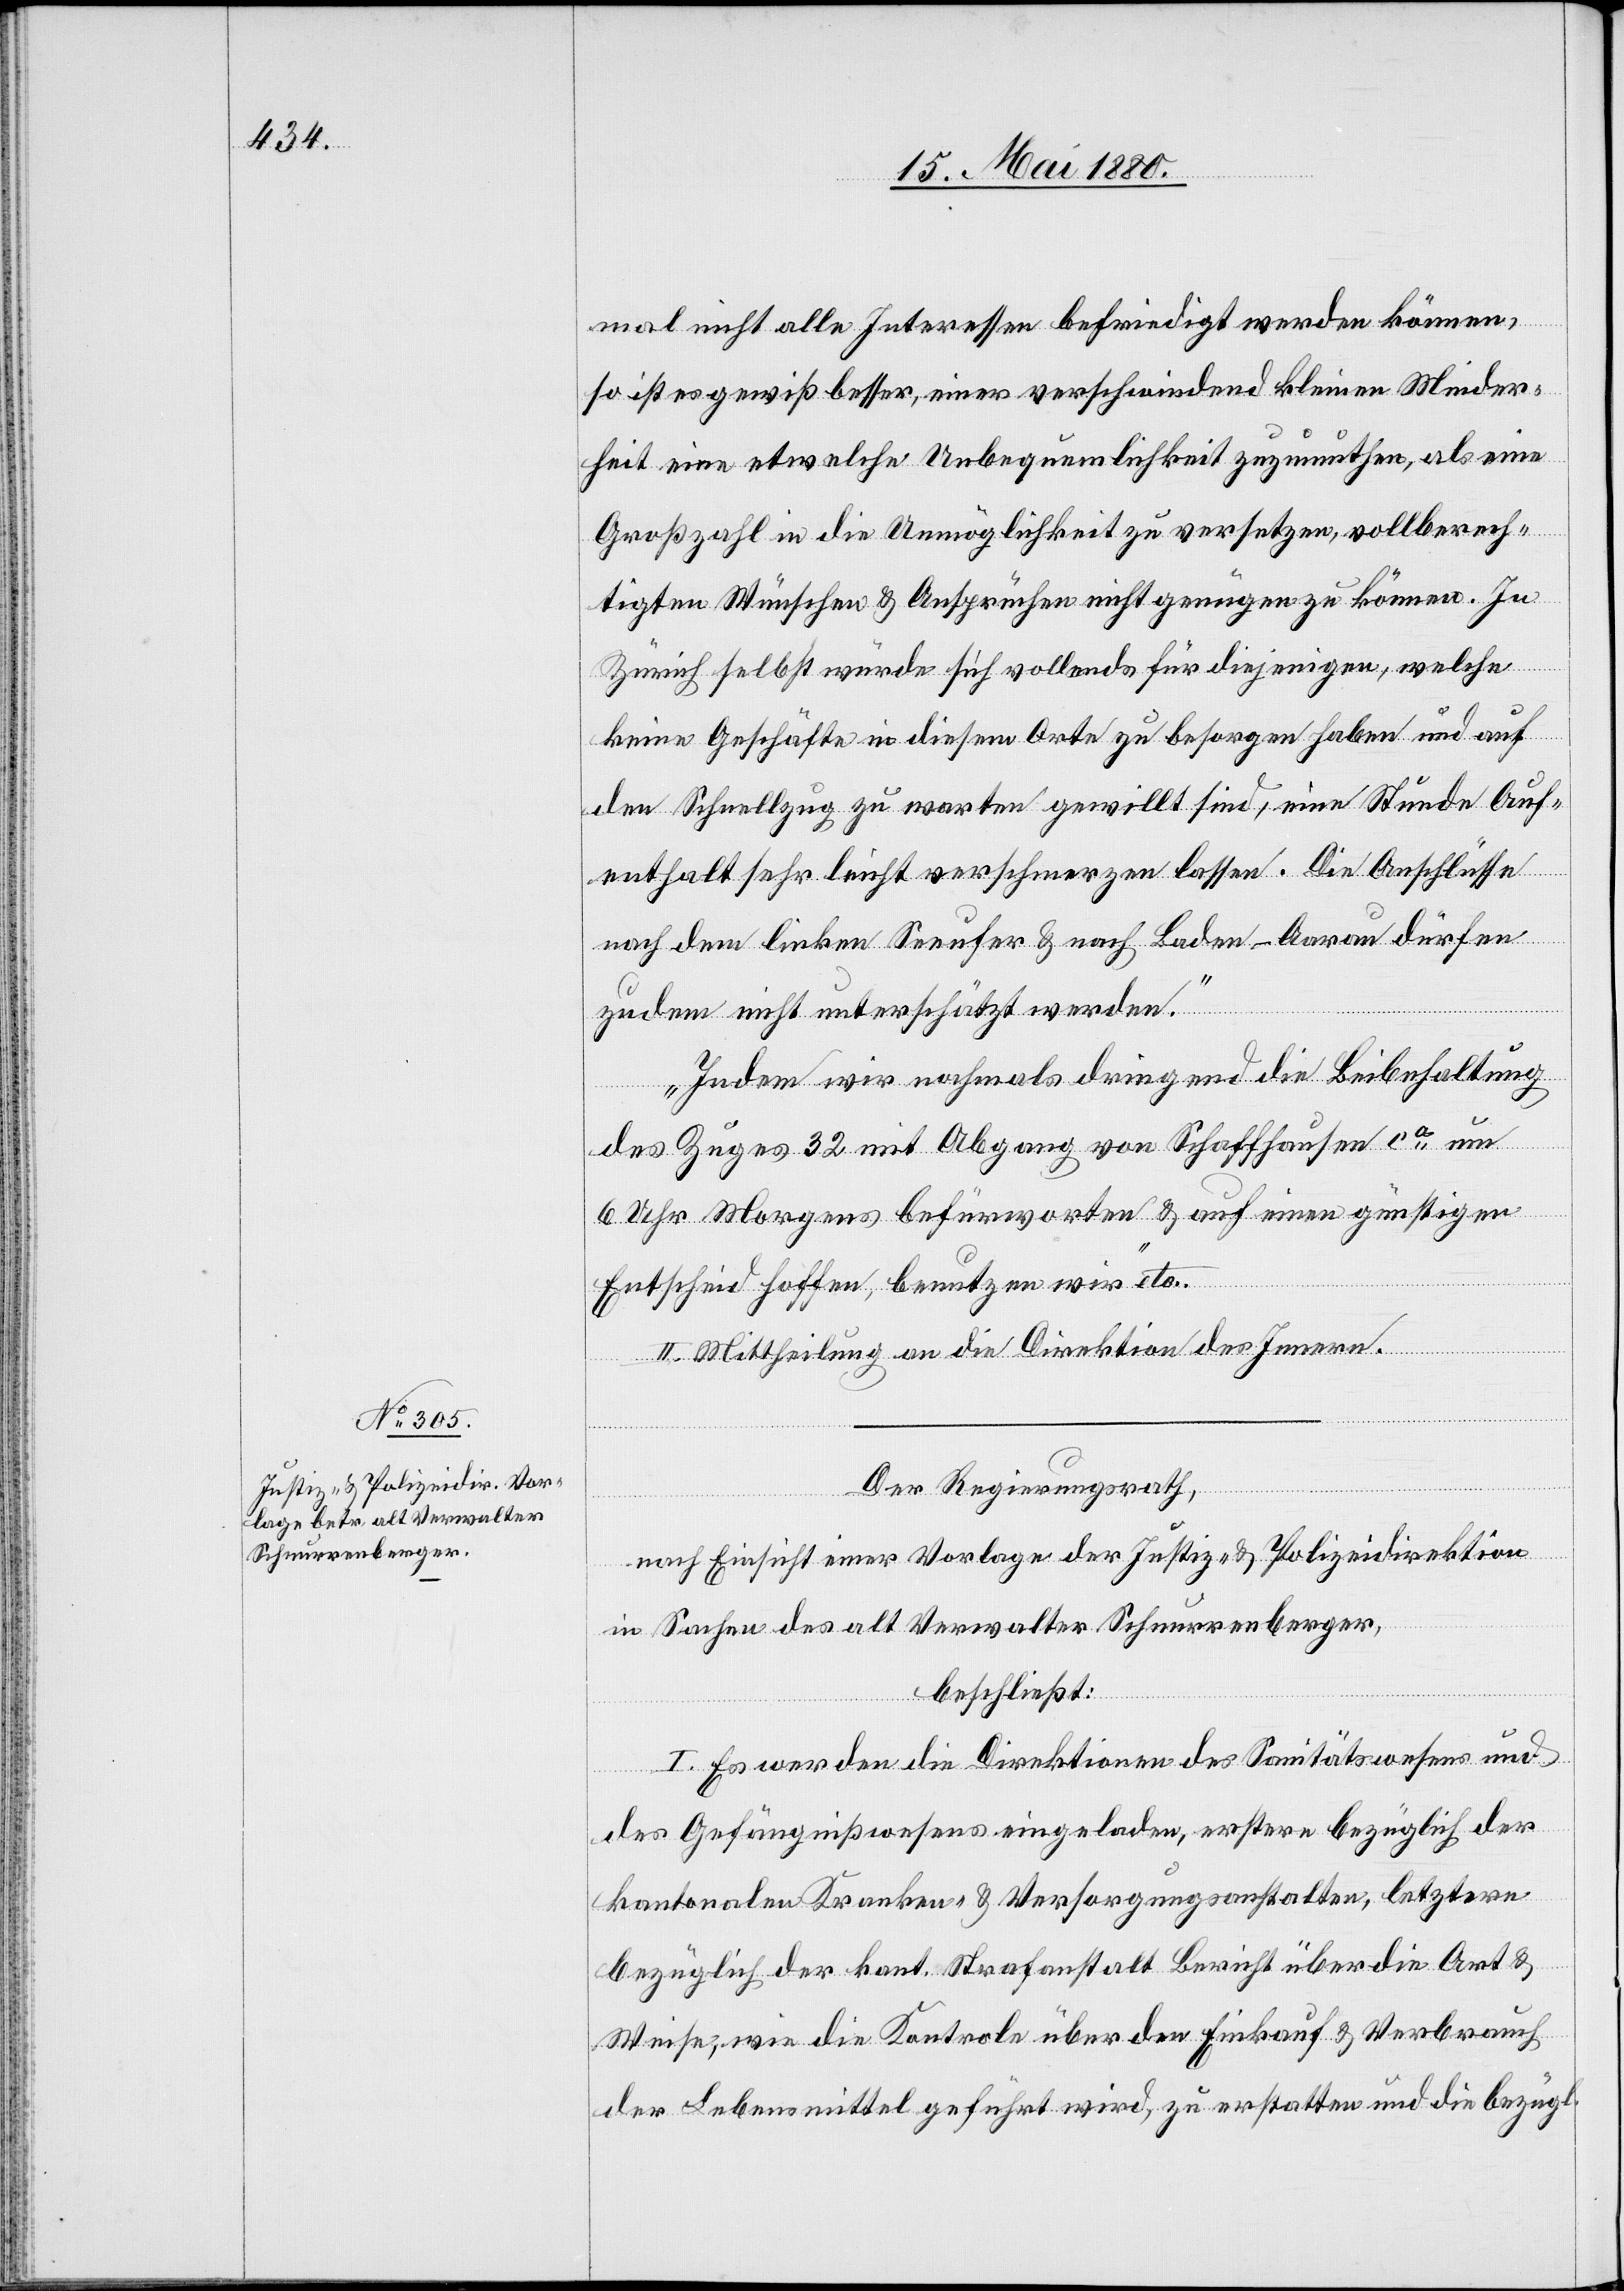
mal nicht alle Interessen befriedigt werden können,
so ist es gewiß besser, einer verschwindend kleinen Minder¬
heit eine etwelche Unbequemlichkeit zuzumuthen, als eine
Großzahl in die Unmöglichkeit zu versetzen, vollberech¬
tigten Wünschen & Ansprüchen nicht genügen zu können. In
Zürich selbst würde sich vollends für diejenigen, welche
keine Geschäfte in diesem Orte zu besorgen haben und auf
den Schnellzug zu warten gewillt sind, eine Stunde Auf¬
enthalt sehr leicht verschmerzen lassen. Die Anschlüsse
nach dem linken Seeufer & nach Baden–Aarau dürfen
zudem nicht unterschätzt werden.
Indem wir nochmals dringend die Beibehaltung
des Zuges 32 mit Abgang von Schaffhausen ca um
6 Uhr Morgens befürworten & auf einen günstigen
Entscheid hoffen, benutzen wir“ etc.
II. Mittheilung an die Direktion des Innern.
Der Regierungsrath,
nach Einsicht einer Vorlage der Justiz- & Polizeidirektion
in Sachen des alt Verwalter Schnurrenberger,
beschließt:
I. Es werden die Direktionen des Sanitätswesens und
des Gefängnißwesens eingeladen, erstere bezüglich der
kantonalen Kranken- & Versorgungsanstalten, letztere
bezüglich der kant. Strafanstalt Bericht über die Art &
Weise, wie die Kontrole übe den Einkauf & Verbrauch
der Lebensmittel geführt wird, zu erstatten und die bezügl.